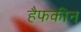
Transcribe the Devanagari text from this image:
हैफकीन